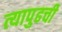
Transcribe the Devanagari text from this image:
त्यापुढची